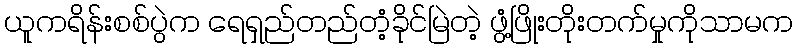
ယူကရိန်းစစ်ပွဲက ရေရှည်တည်တံ့ခိုင်မြဲတဲ့ ဖွံ့ဖြိုးတိုးတက်မှုကိုသာမက